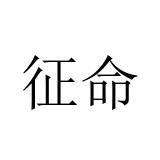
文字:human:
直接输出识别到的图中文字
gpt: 征命